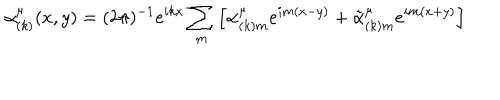
LaTeX: \alpha _ { ( k ) } ^ { \mu } ( x , y ) = ( 2 \pi ) ^ { - 1 } e ^ { i k x } \sum _ { m } \left[ \alpha _ { ( k ) m } ^ { \mu } e ^ { i m ( x - y ) } + \tilde { \alpha } _ { ( k ) m } ^ { \mu } e ^ { i m ( x + y ) } \right]